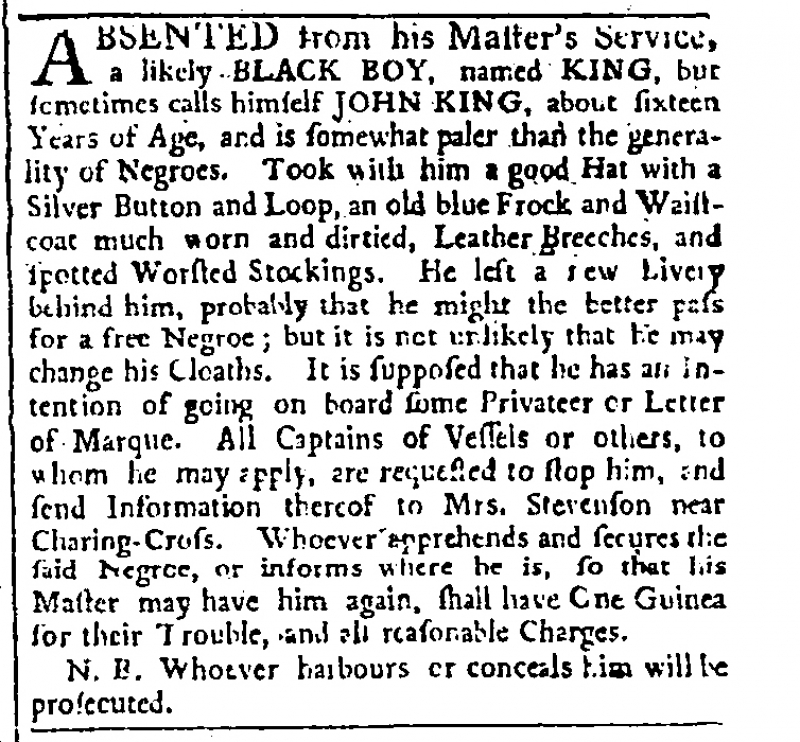
Public Advertiser, 13 April 1762 (England)
ABSENTED from his Master’s Service, a likely BLACK BOY, named KING, but sometimes calls himself JOHN KING, about sixteen Years of Age, and is somewhat paler than the generality of Negroes. Took with him a good Hat with a Silver Button and Loop, an old blue Frock and Waistcoat much worn and dirtied, Leather Breeches, and spotted Worsted Stockings. He left a new Livery behind him, probably that he might the better pass for a free Negroe; but it is not unlikely that he may change his Cloaths. It is supposed that he has an intention of going on board some Privateer or Letter of Marque. All Captains of Vessels or others, to whom he may apply, are requested to stop him, and send Information thereof to Mrs. Stevenson near Charing-Cross. Whoever apprehends and secures the said Negroe, or informs where he is, so that his Master may have him again, shall have One Guinea for their Trouble, and all reasonable Charges.  N.B. Whoever harbours or conceals him will be prosecuted.